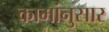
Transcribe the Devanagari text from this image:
कामांनुसार